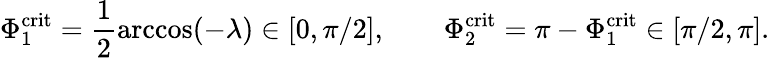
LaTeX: \Phi_{1}^{\mathrm{crit}}=\frac{1}{2}\operatorname{arccos}(-\lambda)\in[0,\pi/2],\qquad\Phi_{2}^{\mathrm{crit}}=\pi-\Phi_{1}^{\mathrm{crit}}\in[\pi/2,\pi].